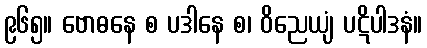
၉၆၅။ ဗောဓနေ စ ပဒါနေ စ၊ ဝိညေယျံ ပဋိပါဒနံ။